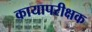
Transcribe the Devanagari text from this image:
कायापरीक्षक